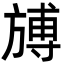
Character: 𣄎